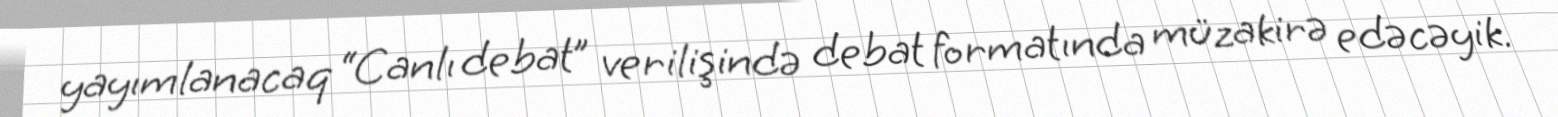
yayımlanacaq “Canlı debat” verilişində debat formatında müzakirə edəcəyik.